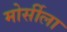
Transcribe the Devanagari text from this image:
मोर्सीला